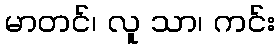
မာတင်၊ လူ သာ၊ ကင်း